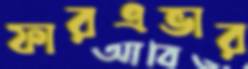
ফারএভার